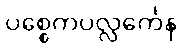
ပစ္စေကပလ္လင်္ကေန